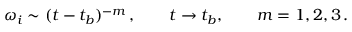
\omega _ { i } \sim ( t - t _ { b } ) ^ { - m } \, , \qquad t \to t _ { b } , \qquad m = 1 , 2 , 3 \, .